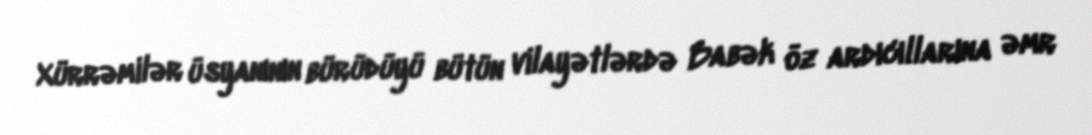
Xürrəmilər üsyanının bürüdüyü bütün vilayətlərdə Babək öz ardıcıllarına əmr